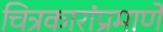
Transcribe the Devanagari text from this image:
चित्रकारांप्रमाणे